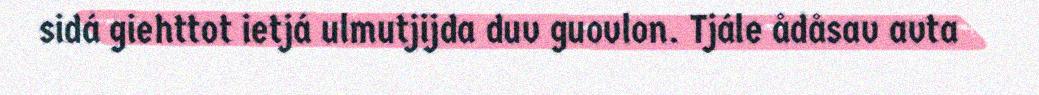
sidá giehttot ietjá ulmutjijda duv guovlon. Tjále ådåsav avta